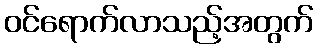
ဝင်ရောက်လာသည့်အတွက်